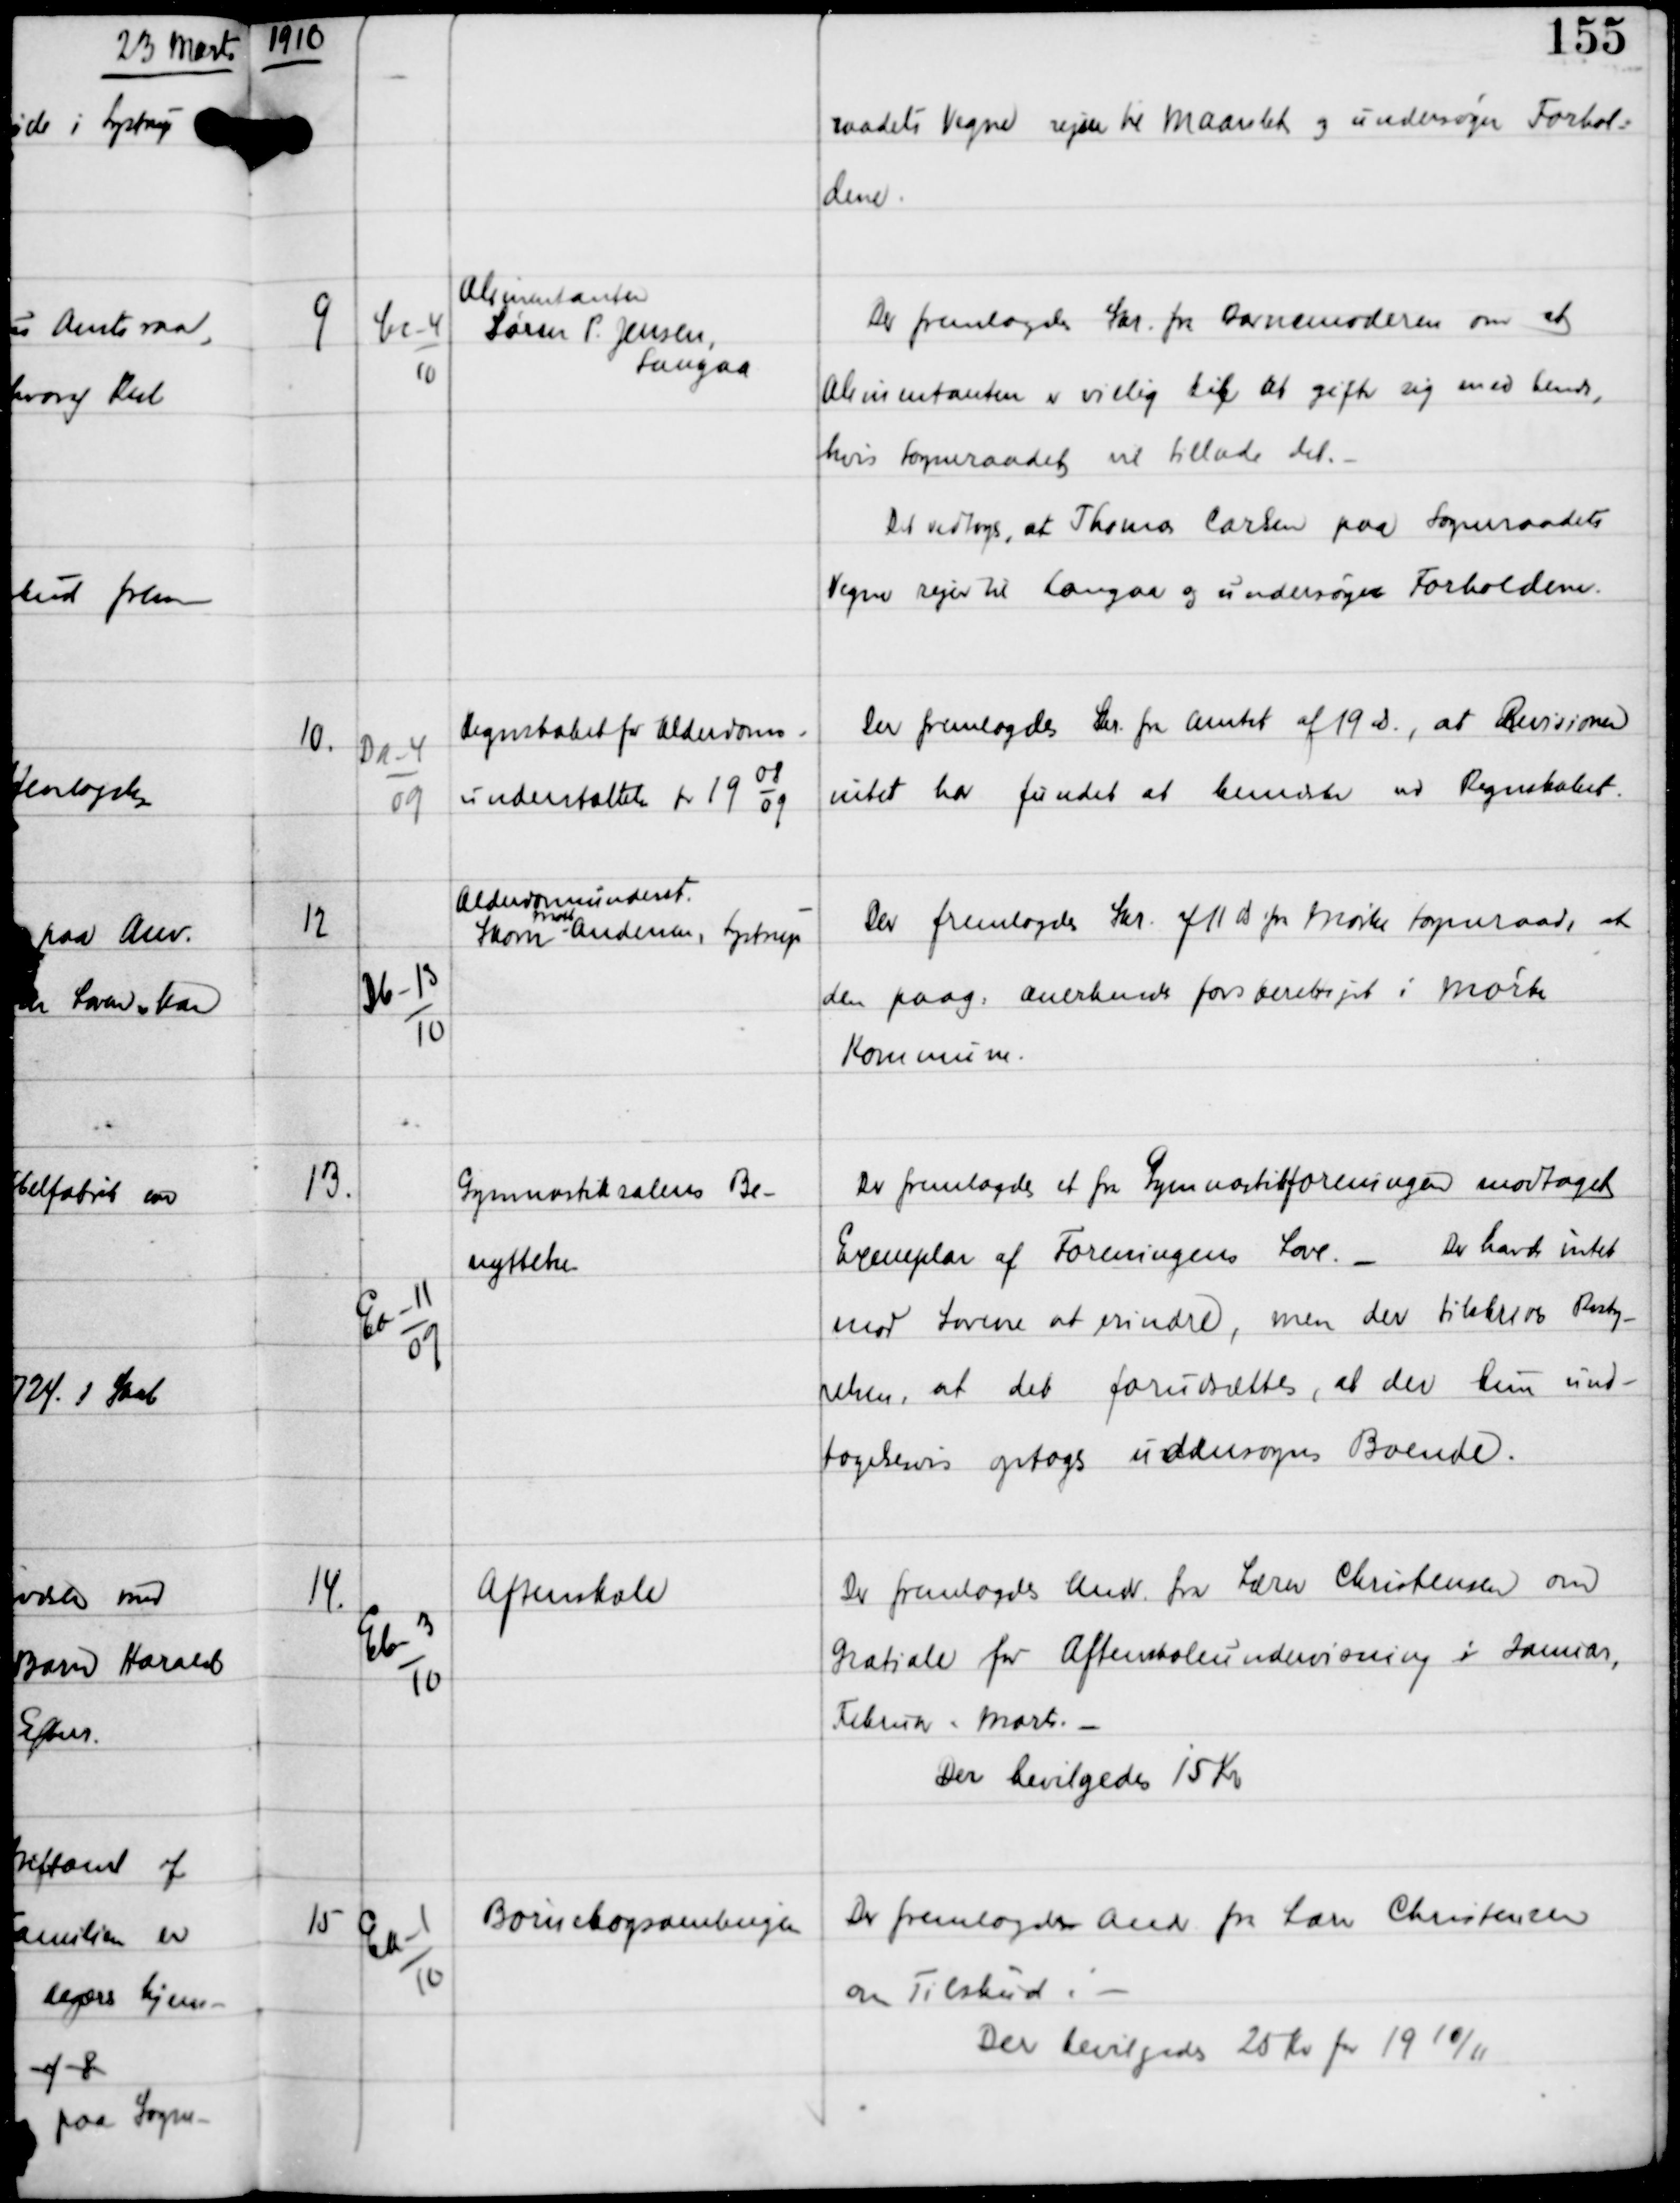
Transskription:
1910

raadets Vegne rejser til Maarslet og undersøger Forhol-
dene.

9

Cc-4
10

Alimentanten
Søren P. Jensen,
Langaa

Der fremlagdes Skr fra Barnemoderen om at
Alimentanten er villig til at gifte sig med hende,
hvis Sogneraadet vil tillade det. -
Det vedtoges, at Thomas Carlsen paa Sogneraadets
Vegne rejser til Langaa og undersøger Forholdene.

10.

Da-4
09

Regnskabet for Alderdoms-
understøttelse for 19
08
09

Der fremlagdes Skr fra Amtet af 19 ds., at Revisionen
intet har fundet at bemærke ved Regnskabet.

12

Db-13
10

Alderdomsunderst
Skom
Mads
Andersen, Lystrup

Der fremlagdes Skr af 11 ds fra Mørke Sogneraad, at
den paag anerkendes forsberettiget i Mørke
Kommune.

13.

Ea-11
09

Gymnastiksalens Be-
nyttelse

Der fremlagdes et fra Gymnastikforeningen modtaget
Exemplar af Foreningens Love. -
Der havdes intet
mod Lovene at erindre, men der tilskrives Besty-
relsen at det forudsættes, at der kun und-
tagelsesvis optoges udensogns Boende.

14.

Eb-3
10

Aftenskole

Der fremlagdes Andr fra Lærer Christensen om
Gratiale for Aftenskoleundervisning i Januar,
Februar + Marts. -
Der bevilgedes 15 Kr

15

Ea-1
10

Børnebogsamlingen

Der fremlagdes Andr fra Lærer Christensen
om Tilskud: -
Der bevilgedes 25 Kr for 19 10/11